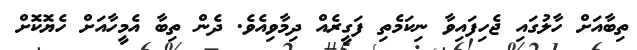
ތިބާއަށް ހާލުގައި ޖެހިފައިވާ ނިކަމެތި ފަގީރެއް ދިމާވިއެވެ. ދެން ތިބާ އެމީހާއަށް ހެޔޮކޮށް